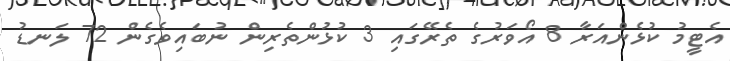
އެޓީމު ކުޅެންއަރާ 8 އޯވަރުގެ ތެރޭގައި 3 ކުޅުންތެރިން ނުބައިވެގެން 72 ލަނޑު